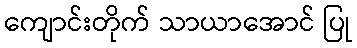
ကျောင်းတိုက် သာယာအောင် ပြု